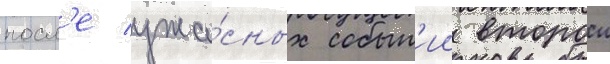
посл'е ужа́сных событ'ии второи